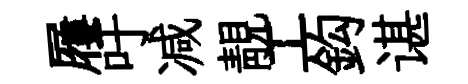
屨吁减靚工鈎谌